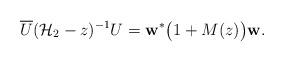
LaTeX: \begin{align*}\overline{U} (\mathcal{H}_{2} - z)^{-1} U = \textbf{\textup{w}}^{\ast} \big( 1 + M(z) \big) \textbf{\textup{w}}.\end{align*}